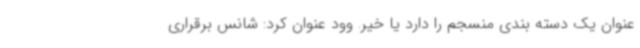
عنوان یک دسته بندی منسجم را دارد یا خیر. وود عنوان کرد: شانس برقراری